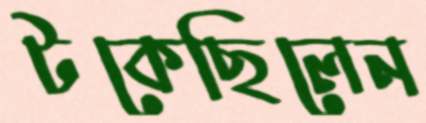
টকেছিলেন